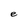
Character: e